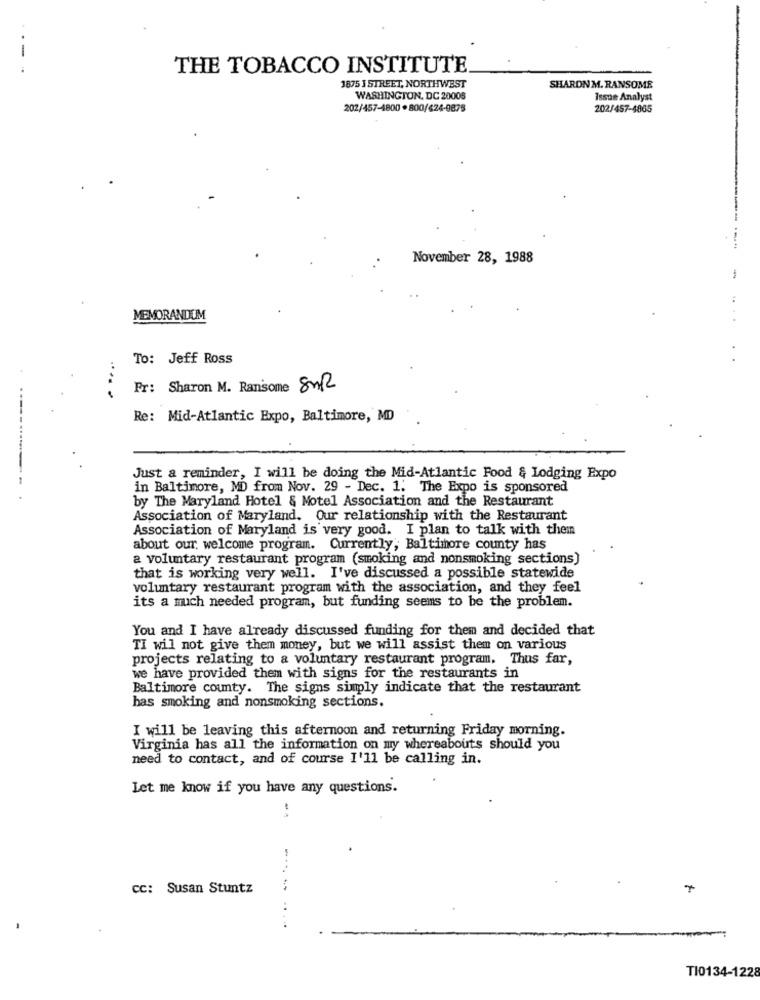
-
THE TOBACCO INSTITUTE
1875 J STREET, NORTHWEST
SHARONM. RANSOME
WASHINGTON, DC 20005
Issue Analyst
202/457-4800 . 800/624-0875
202/457-4865
November 28, 1988
-
MEMORANDUM
To: Jeff Ross
Fr: Sharon M. Ransome 82R
Re: Mid-Atlantic Expo, Baltimore, MD
Just a reminder, I will be doing the Mid-Atlantic Food & Lodging Expo
in Baltimore, MD from Nov. 29 - Dec. 1. The Expo is sponsored
by The Maryland Hotel & Motel Association and the Restaurant
Association of Maryland. Our relationship with the Restaurant
Association of Maryland is very good. I plan to talk with them
about our welcome program. Currently; Baltimore county has
a voluntary restaurant program (smoking and nonsmoking sections)
that is working very well. I've discussed a possible statewide
voluntary restaurant program with the association, and they feel
its a much needed program, but funding seems to be the problem.
You and I have already discussed funding for them and decided that
TI wil not give them money, but we will assist them on various
projects relating to a voluntary restaurant program. Thus far,
we have provided them with signs for the restaurants in
Baltimore county. The signs simply indicate that the restaurant
has smoking and nonsmoking sections.
I will be leaving this afternoon and returning Friday morning.
Virginia has all the information on my whereabouts should you
need to contact, and of course I'll be calling in.
Let me know if you have any questions.
CC: Susan Stuntz
7
..
TI0134-1228